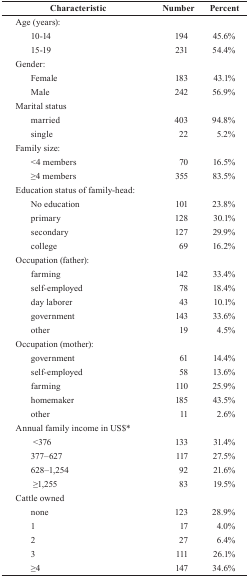
| Characteristic | Number | Percent |
 | --- | --- | --- |
 | Age (years): |  |  |
 | 10–14 | 194 | 45.6% |
 | 15–19 | 231 | 54.4% |
 | Gender: |  |  |
 | Female | 183 | 43.1% |
 | Male | 242 | 56.9% |
 | Marital status |  |  |
 | married | 403 | 94.8% |
 | single | 22 | 5.2% |
 | Family size: |  |  |
 | <4 members | 70 | 16.5% |
 | ≥4 members | 355 | 83.5% |
 | Education status of family-head: |  |  |
 | No education | 101 | 23.8% |
 | primary | 128 | 30.1% |
 | secondary | 127 | 29.9% |
 | college | 69 | 16.2% |
 | Occupation (father): |  |  |
 | farming | 142 | 33.4% |
 | self-employed | 78 | 18.4% |
 | day laborer | 43 | 10.1% |
 | government | 143 | 33.6% |
 | other | 19 | 4.5% |
 | Occupation (mother): |  |  |
 | government | 61 | 14.4% |
 | self-employed | 58 | 13.6% |
 | farming | 110 | 25.9% |
 | homemaker | 185 | 43.5% |
 | other | 11 | 2.6% |
 | Annual family income in US$* |  |  |
 | <376 | 133 | 31.4% |
 | 377–627 | 117 | 27.5% |
 | 628–1,254 | 92 | 21.6% |
 | ≥1,255 | 83 | 19.5% |
 | Cattle owned |  |  |
 | none | 123 | 28.9% |
 | 1 | 17 | 4.0% |
 | 2 | 27 | 6.4% |
 | 3 | 111 | 26.1% |
 | ≥4 | 147 | 34.6% |